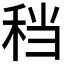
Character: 𫀮